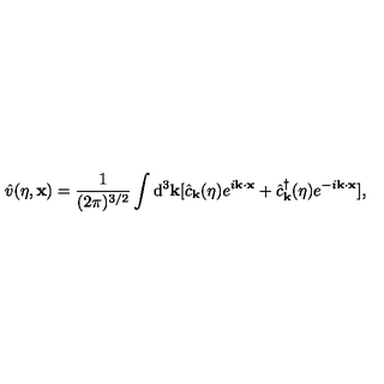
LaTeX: { \hat { v } } ( \eta , { \bf x } ) = \frac { 1 } { ( 2 \pi ) ^ { 3 / 2 } } \int \mathrm { d } ^ { 3 } { \bf k } [ { \hat { c } } _ { \bf k } ( \eta ) e ^ { i { \bf k } \cdot { \bf x } } + { \hat { c } } _ { \bf k } ^ { \dagger } ( \eta ) e ^ { - i { \bf k } \cdot { \bf x } } ] ,